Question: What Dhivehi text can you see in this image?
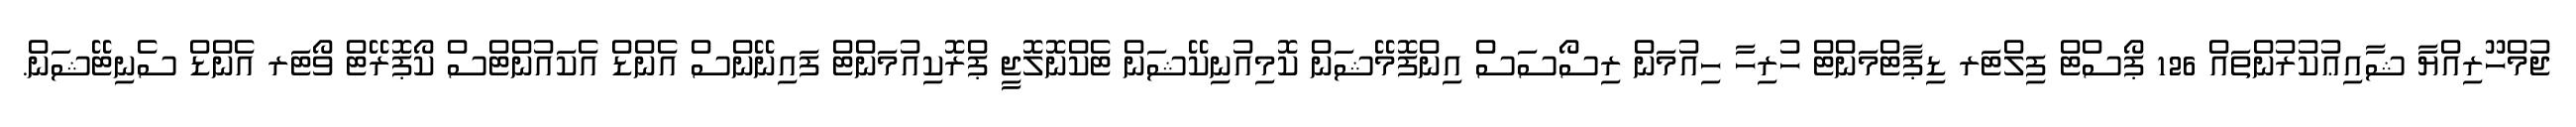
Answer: ޖުމްހޫރިއްޔާ ޝާއިޢުކުރުންތައް 126 ޕޯސްޓް ފިލްޓަރ ޑިޕާޓްމަންޓް ހުރިހާ ހިއުމަން ރިސޯސަސް އިންފޮމޭޝަން ކޮމިއުނިކޭޝަން ޓެކްނޮލޮޖީ ޕްރޮކިއުމަންޓް ފައިނޭންސް އެންޑް އެކައުންޓްސް ކޯޕޮރޭޓް ވޯޓަރ އެންޑް ސެނިޓޭޝަން.